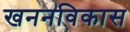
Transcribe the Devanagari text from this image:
खननविकास